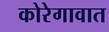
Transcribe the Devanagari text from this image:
कोरेगावात